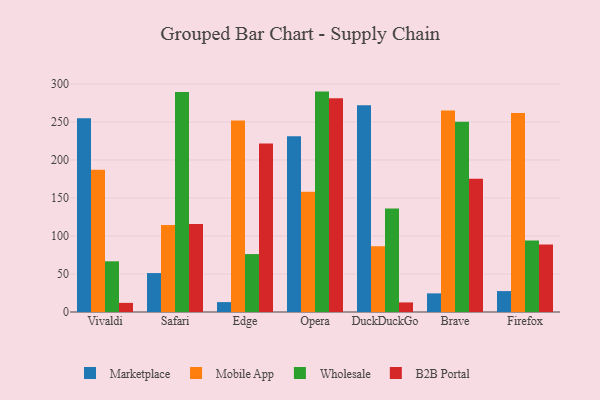
{"axis": {"x": "Browser", "y": "Page Views"}, "legend": ["B2B Portal", "Marketplace", "Mobile App", "Wholesale"], "data": [{"x": "Vivaldi", "y": 254.8, "type": "Marketplace"}, {"x": "Vivaldi", "y": 187.0, "type": "Mobile App"}, {"x": "Vivaldi", "y": 66.7, "type": "Wholesale"}, {"x": "Vivaldi", "y": 12.0, "type": "B2B Portal"}, {"x": "Safari", "y": 51.2, "type": "Marketplace"}, {"x": "Safari", "y": 114.3, "type": "Mobile App"}, {"x": "Safari", "y": 289.5, "type": "Wholesale"}, {"x": "Safari", "y": 115.9, "type": "B2B Portal"}, {"x": "Edge", "y": 13.0, "type": "Marketplace"}, {"x": "Edge", "y": 251.8, "type": "Mobile App"}, {"x": "Edge", "y": 76.2, "type": "Wholesale"}, {"x": "Edge", "y": 221.5, "type": "B2B Portal"}, {"x": "Opera", "y": 231.3, "type": "Marketplace"}, {"x": "Opera", "y": 158.1, "type": "Mobile App"}, {"x": "Opera", "y": 289.9, "type": "Wholesale"}, {"x": "Opera", "y": 281.3, "type": "B2B Portal"}, {"x": "DuckDuckGo", "y": 272.1, "type": "Marketplace"}, {"x": "DuckDuckGo", "y": 86.6, "type": "Mobile App"}, {"x": "DuckDuckGo", "y": 136.1, "type": "Wholesale"}, {"x": "DuckDuckGo", "y": 12.6, "type": "B2B Portal"}, {"x": "Brave", "y": 24.5, "type": "Marketplace"}, {"x": "Brave", "y": 265.0, "type": "Mobile App"}, {"x": "Brave", "y": 250.1, "type": "Wholesale"}, {"x": "Brave", "y": 175.2, "type": "B2B Portal"}, {"x": "Firefox", "y": 27.5, "type": "Marketplace"}, {"x": "Firefox", "y": 261.9, "type": "Mobile App"}, {"x": "Firefox", "y": 94.0, "type": "Wholesale"}, {"x": "Firefox", "y": 88.8, "type": "B2B Portal"}]}